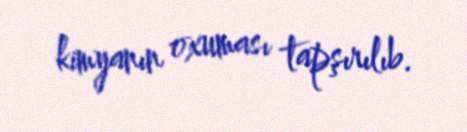
kimyanın oxuması tapşırılıb.